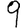
Digit: 9